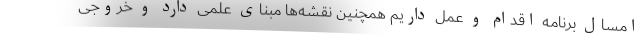
امسال برنامه اقدام و عمل داریم همچنین نقشه‌ها مبنای علمی دارد و خروجی